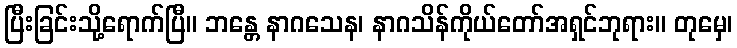
ပြီးခြင်းသို့ရောက်ပြီ။ ဘန္တေ နာဂသေန၊ နာဂသိန်ကိုယ်တော်အရှင်ဘုရား။ တုမှေ၊